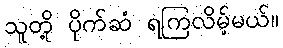
သူတို့ ပိုက်ဆံ ရကြလိမ့်မယ်။